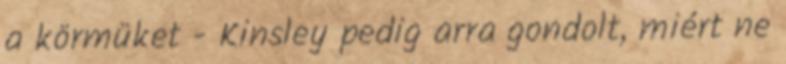
a körmüket - Kinsley pedig arra gondolt, miért ne